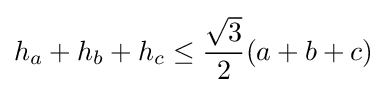
h_{a}+h_{b}+h_{c}\leq {\frac {\sqrt {3}}{2}}(a+b+c)